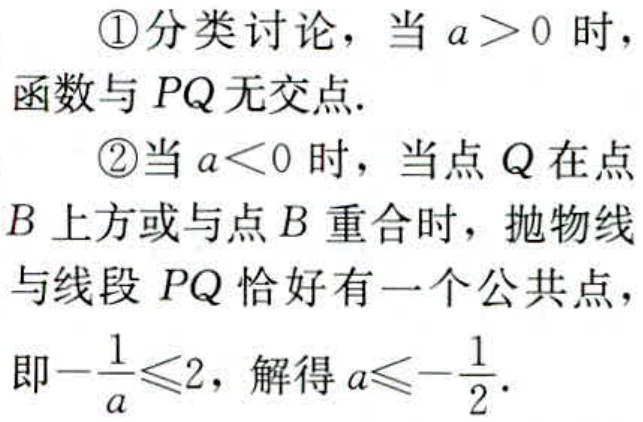
\textcircled{1}分类讨论，当 \(a > 0\) 时，
函数与 \(PQ\) 无交点.
\textcircled{2}当 \(a < 0\) 时，当点 \(Q\) 在点
\(B\) 上方或与点 \(B\) 重合时，抛物线
与线段 \(PQ\) 恰好有一个公共点，
即\(-\frac{1}{a}\leqslant2\)，解得 \(a\leqslant-\frac{1}{2}\).